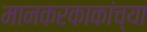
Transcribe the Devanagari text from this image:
मानकरकाकांच्या